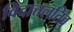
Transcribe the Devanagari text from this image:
विदात्तलतिवु